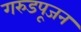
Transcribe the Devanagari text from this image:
गरुडपूजन